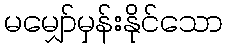
မမျှော်မှန်းနိုင်သော